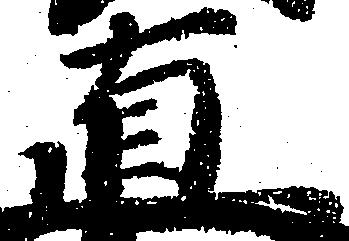
直